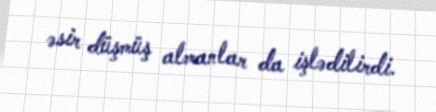
əsir düşmüş almanlar da işlədilirdi.